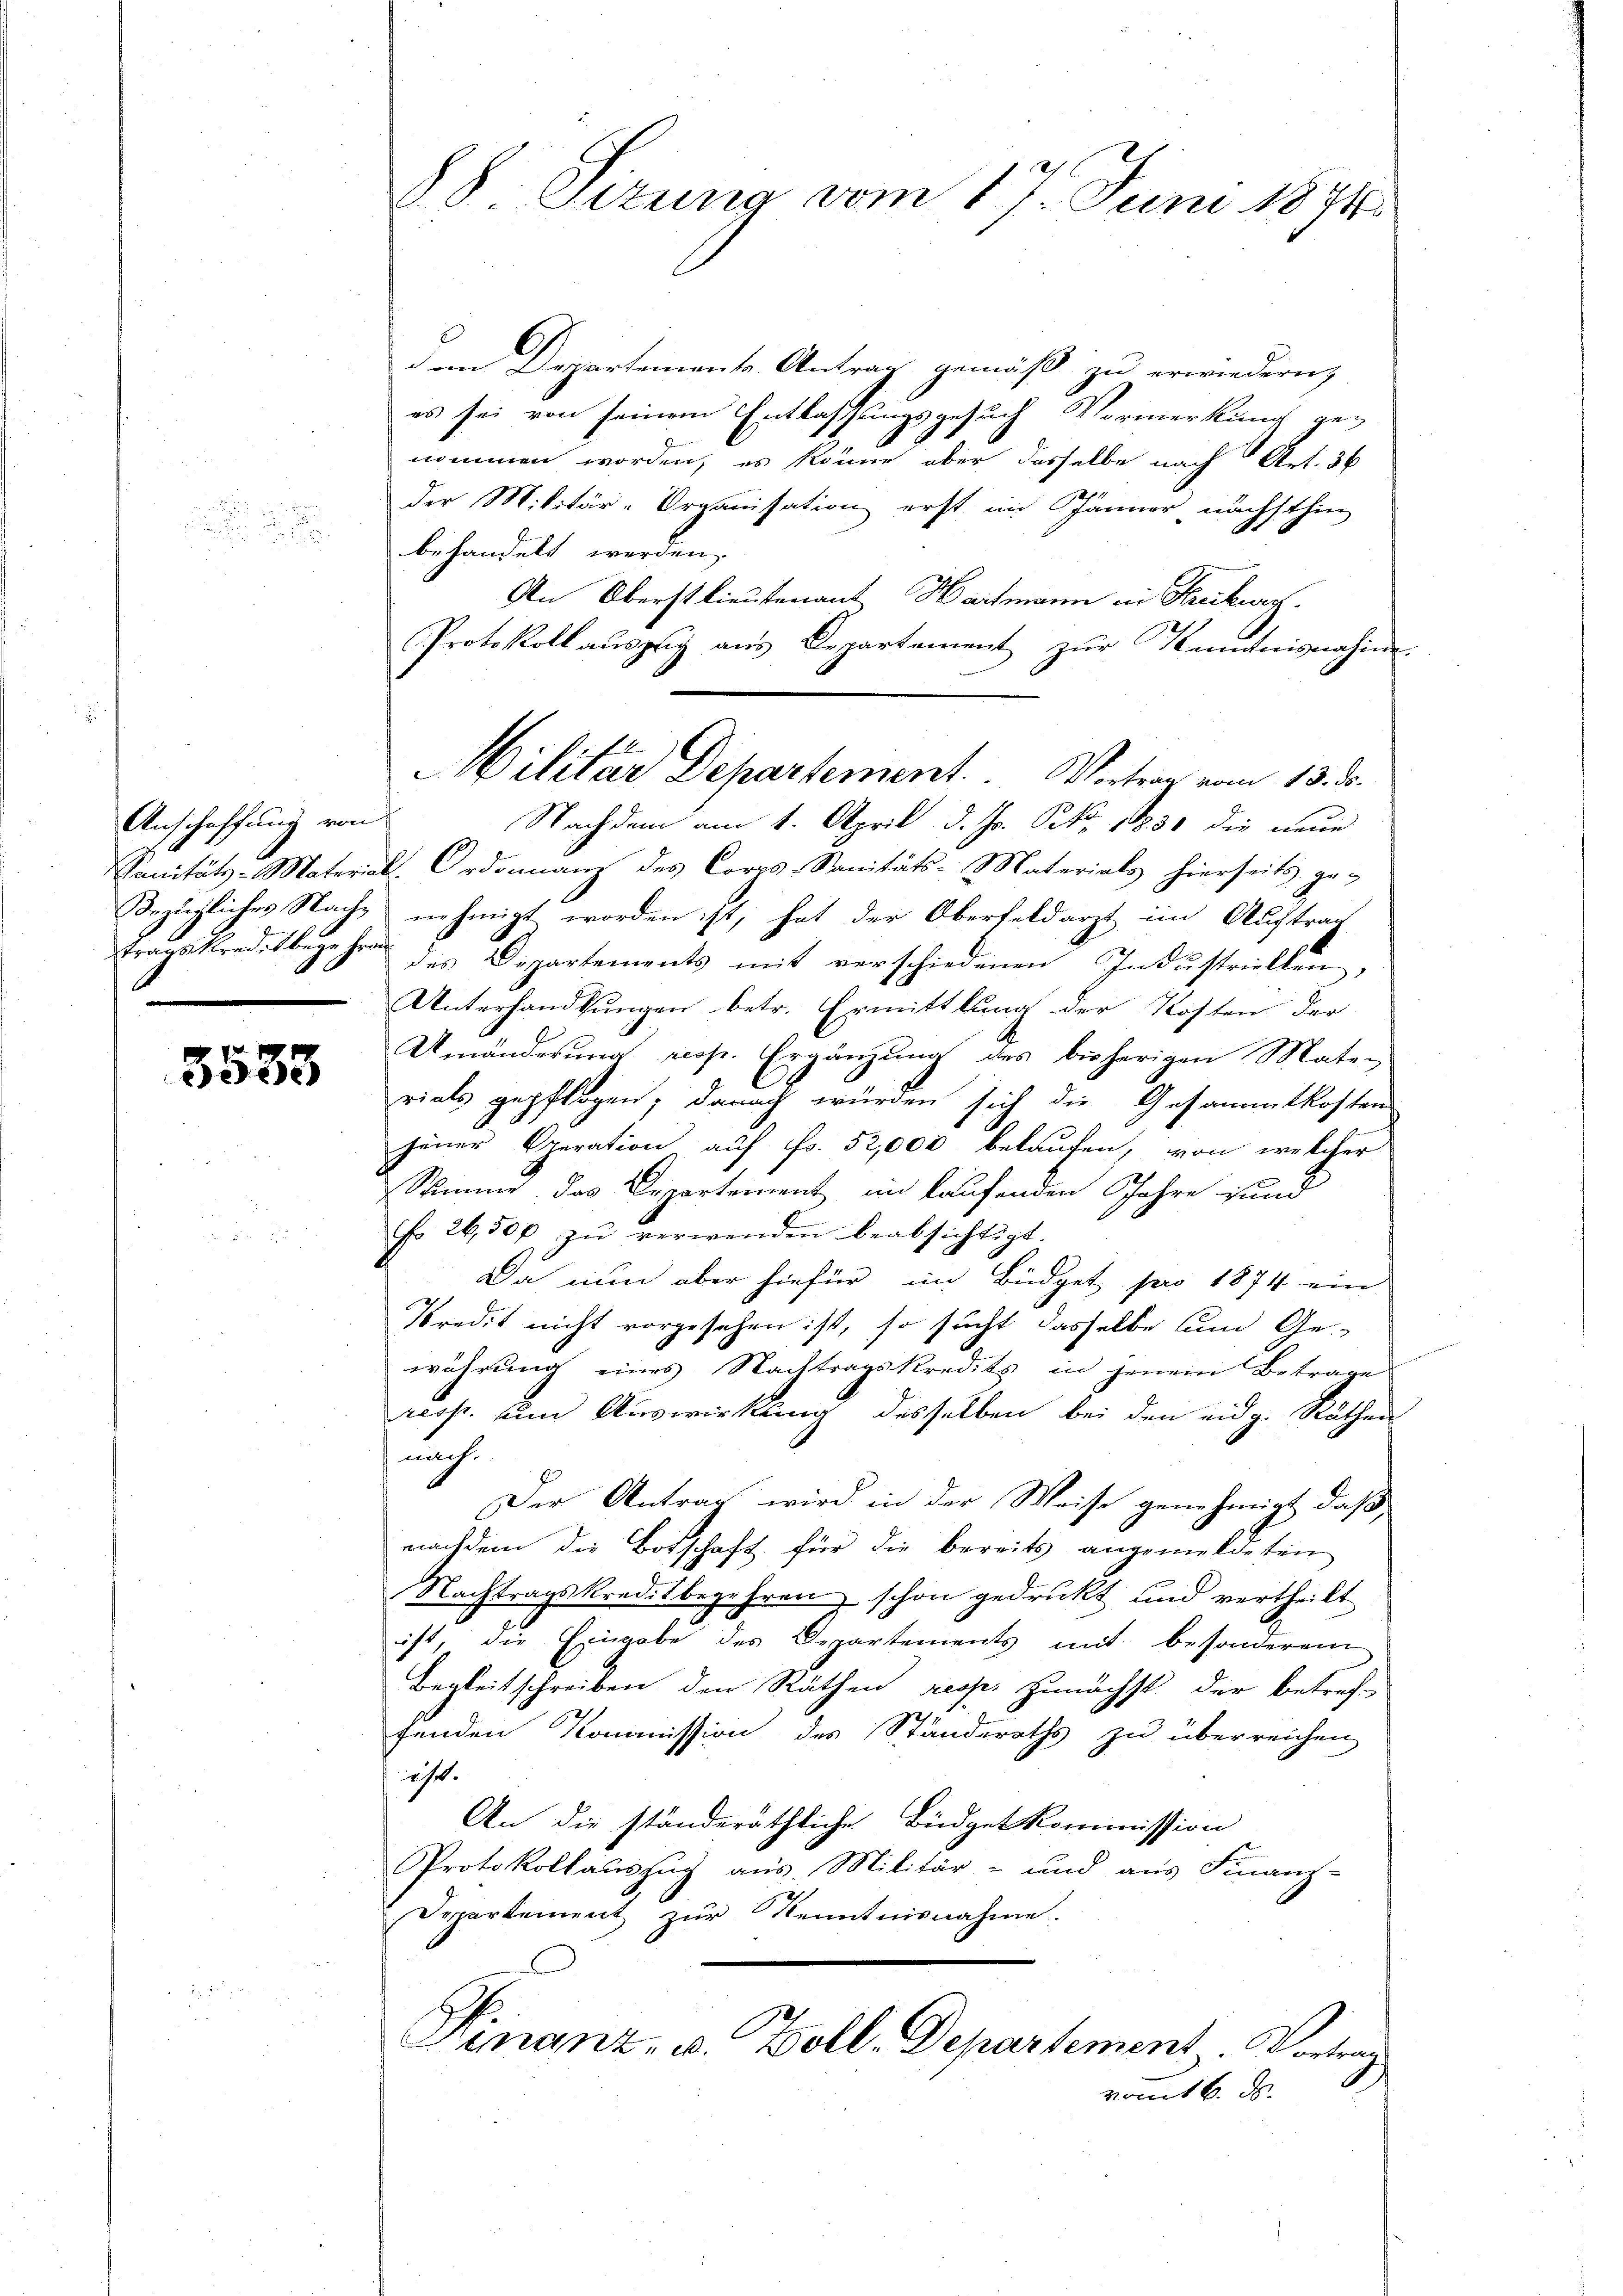
Anschaffung von

3583

88 Sezung vom 17. Juni 1874.

dem Departements Antrag gemäß zu erwiedern,
es sei von seinem Entlassungsgesuch Vormerkung genommen worden, es könne aber dasselbe nach Art. 36
der Militär-Organisation erst im Jänner nächsthin
behandelt werden.
An Oberstlieutenant Hartmann in Freiburg.
Protokoll aŭszŭg aŭs Departement zŭr Kemnisnahme.
Nachdem am 1. April d. Js. S. 1830 die neue
Sanitäts-Material-Ordonnanz des Corps-Sanitäts- Materials hierseits ge-
Bezügliches Nach nehmigt worden ist, hat der Oberfeldarzt im Auftrag
tragskreditbegehren des Departements mit verschiedenen Indŭstriellen,
Unterhandlungen betr. Ermittlung der Kosten der
Umänderung resp. Ergänzung des bisherigen Mate-
rials gepflogen; danach würden sich die Gesammtkosten
jener Operation auf Fr. 52,000 belaufen, von welcher
Summe das Departement en laufenden Jahre und
Nr. 26,500 zŭ verwenden beabsichtigt.
Da nun aber hiefür im Büdget pro 1874 ein
Predit nicht vorgesehen ist, so sucht dasselbe um Ge-
währung eines Nachtragskredits in jenem Betrage
resp. um Auswirkung desselben bei den eidg. Räthen
nach
Der Antrag wird in der Weise genehmigt, daß
nachdem die Botschaft für die bereits angemeldeten
Nachtragskreditbegehren schon gedrukt und vertheilt
ist, die Eingabe des Departements mit besonderem
Begleitschreiben den Räthen resp. Zunächst der betref-
fenden Kommission des Standeraths zu überreichen
eht.
An die ständeräthliche Büdgetkommission
Protokollauszug aus Militär- und aus Finanz-
Departement zur Kenntnisnahme.
Finanz. v. Zoll-Departement. Vortrag
vomit 6. d.

Militar Departement. Vortrag vom 13. d.